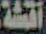
اقشة